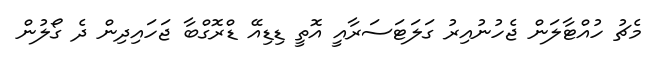
މެޗު ހުއްޓާލަން ޖެހުނުއިރު ގަލަޓަސަރާއީ އޮތީ ޑިޑިއޭ ޑްރޮގްބާ ޖަހައިދިން ދެ ގޯލުން